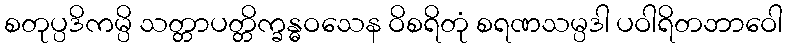
စတုပ္ပဒိကမ္ပိ သတ္တာပတ္တိက္ခန္ဓဝသေန ဝိစရိတုံ စရဏသမ္ပဒါ ပဝါရိတဘာဝေါ